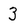
Character: 3